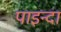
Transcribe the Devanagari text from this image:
पाइन्दा